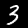
Label: 3